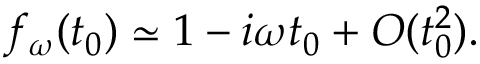
f _ { \omega } ( t _ { 0 } ) \simeq 1 - i \omega t _ { 0 } + O ( t _ { 0 } ^ { 2 } ) .